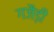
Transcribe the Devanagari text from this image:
गजैड़ी